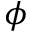
\phi